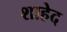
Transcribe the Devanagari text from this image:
शाहेद